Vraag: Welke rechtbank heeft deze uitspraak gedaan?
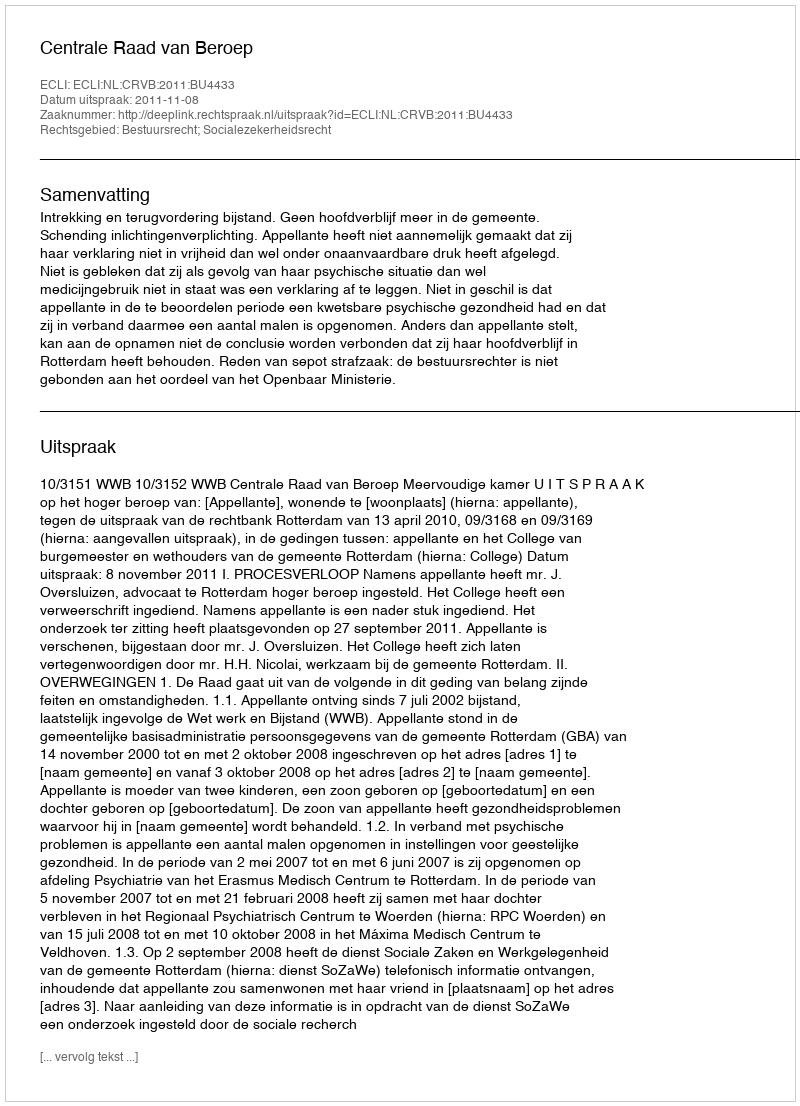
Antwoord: Centrale Raad van Beroep